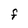
Character: F